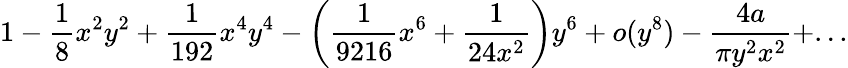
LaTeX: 1-\frac{1}{8}x^{2}y^{2}+\frac{1}{192}x^{4}y^{4}-\left(\frac{1}{9216}x^{6}+\frac{1}{24x^{2}}\right)y^{6}+o(y^{8})-\frac{4a}{\pi y^{2}x^{2}}+...